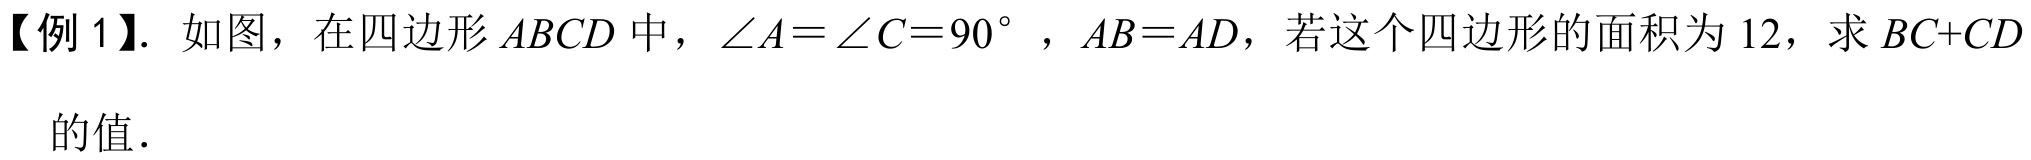
【例 1】. 如图，在四边形\(ABCD\)中，\(\angle A=\angle C = 90^{\circ}\)，\(AB = AD\)，若这个四边形的面积为\(12\)，求\(BC + CD\)的值.